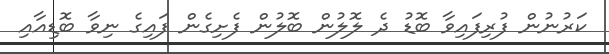
ކަރުނުން ފުރިފައިވާ ބޮޑު ދެ ލޮލުން ބޮލުން ފެށިގެން ފައިގެ ނިވާ ބޮޑިއާއި